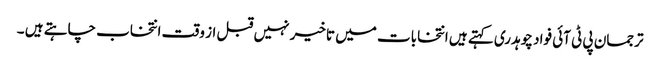
ترجمان پی ٹی آئی فواد چوہدری کہتے ہیں انتخابات میں تاخیر نہیں قبل از وقت انتخاب چاہتے ہیں ۔